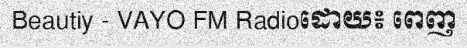
Beautiy - VAYO FM Radioដោយ៖ ពេញ